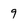
Character: 9